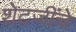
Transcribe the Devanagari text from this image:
शेटजींचे